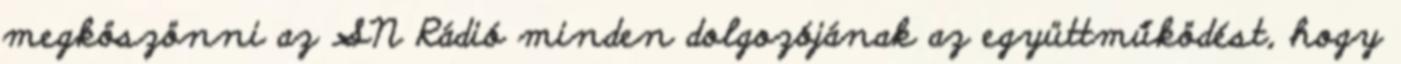
megköszönni az SN Rádió minden dolgozójának az együttműködést, hogy